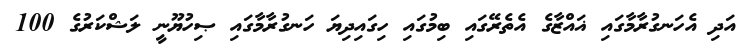
އަދި އެހަނގުރާމާގައި ޣައްޒާގެ އެތެރޭގައި ބިމުގައި ހިގައިދިޔަ ހަނގުރާމާގައި ޞިހުޔޫނީ ލަޝްކަރުގެ 100